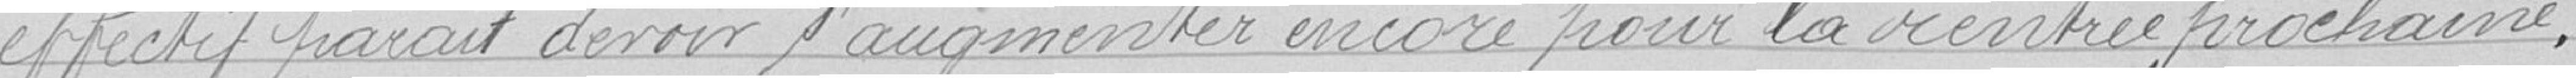
effectif parait devoir s'augmenter encore pour la rentrée prochaine.